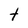
Character: t